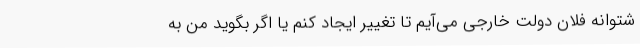
شتوانه فلان دولت خارجی می‌آیم تا تغییر ایجاد کنم یا اگر بگوید من به‌